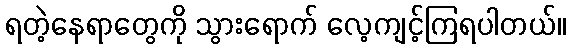
ရတဲ့နေရာတွေကို သွားရောက် လေ့ကျင့်ကြရပါတယ်။